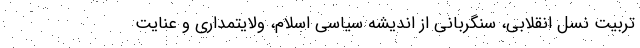
تربیت نسل انقلابی، سنگربانی از اندیشه سیاسی اسلام، ولایتمداری و عنایت